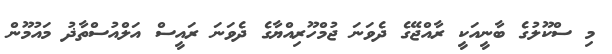
މި ސްކޫލުގެ ބާނީއަކީ ރާއްޖޭގެ ދެވަނަ ޖުމްހޫރިއްޔާގެ ދެވަނަ ރައީސް އަލްއުސްތާޛު މައުމޫން